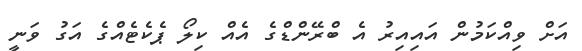
އަށް ވިއްކަމުން އައިއިރު އެ ބްރޭންޑްގެ އެއް ކިލޯ ޕެކެޓެއްގެ އަގު ވަނީ